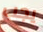
يجب